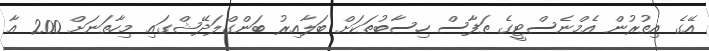
އޭގެ އިތުރުން އެމްނެސްޓީގެ ތަފާސް ހިސާބުތަކަށް ބަލާއިރު ބަންގްލަދޭޝްގައި މިހާތަނަށް 200 އާ